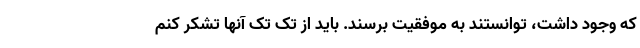
که وجود داشت، توانستند به موفقیت برسند. باید از تک تک آنها تشکر کنم